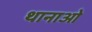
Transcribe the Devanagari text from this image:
थानाओ